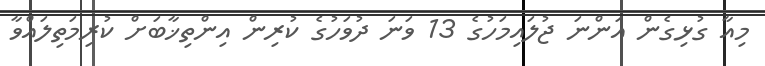
މިއާ ގުޅިގެން އަންނަ ޖުލައިމަހުގެ 13 ވަނަ ދުވަހުގެ ކުރިން އިންތިޚާބަށް ކުރިމަތިލައްވާ